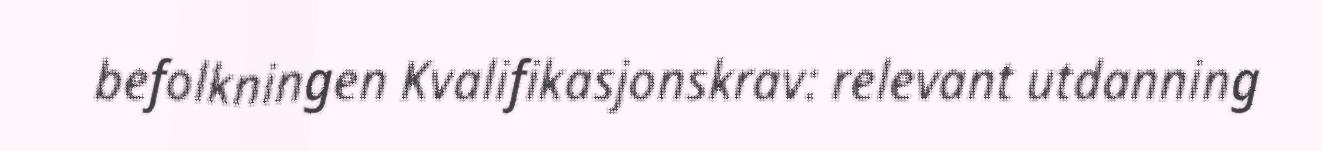
befolkningen Kvalifikasjonskrav: relevant utdanning